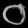
Digit: ၀